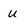
Character: u